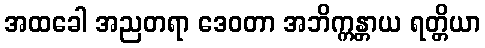
အထခေါ အညတရာ ဒေဝတာ အဘိက္ကန္တာယ ရတ္တိယာ